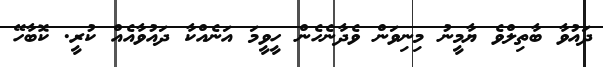
ދައުވާ ބާތިލްވެ ޔާމީނު މިނިވަން ވެދާނެހެން ހީވީމަ އަނެއްކާ ދައުވާއެއް ކުރީ. ކޮބާހޭ